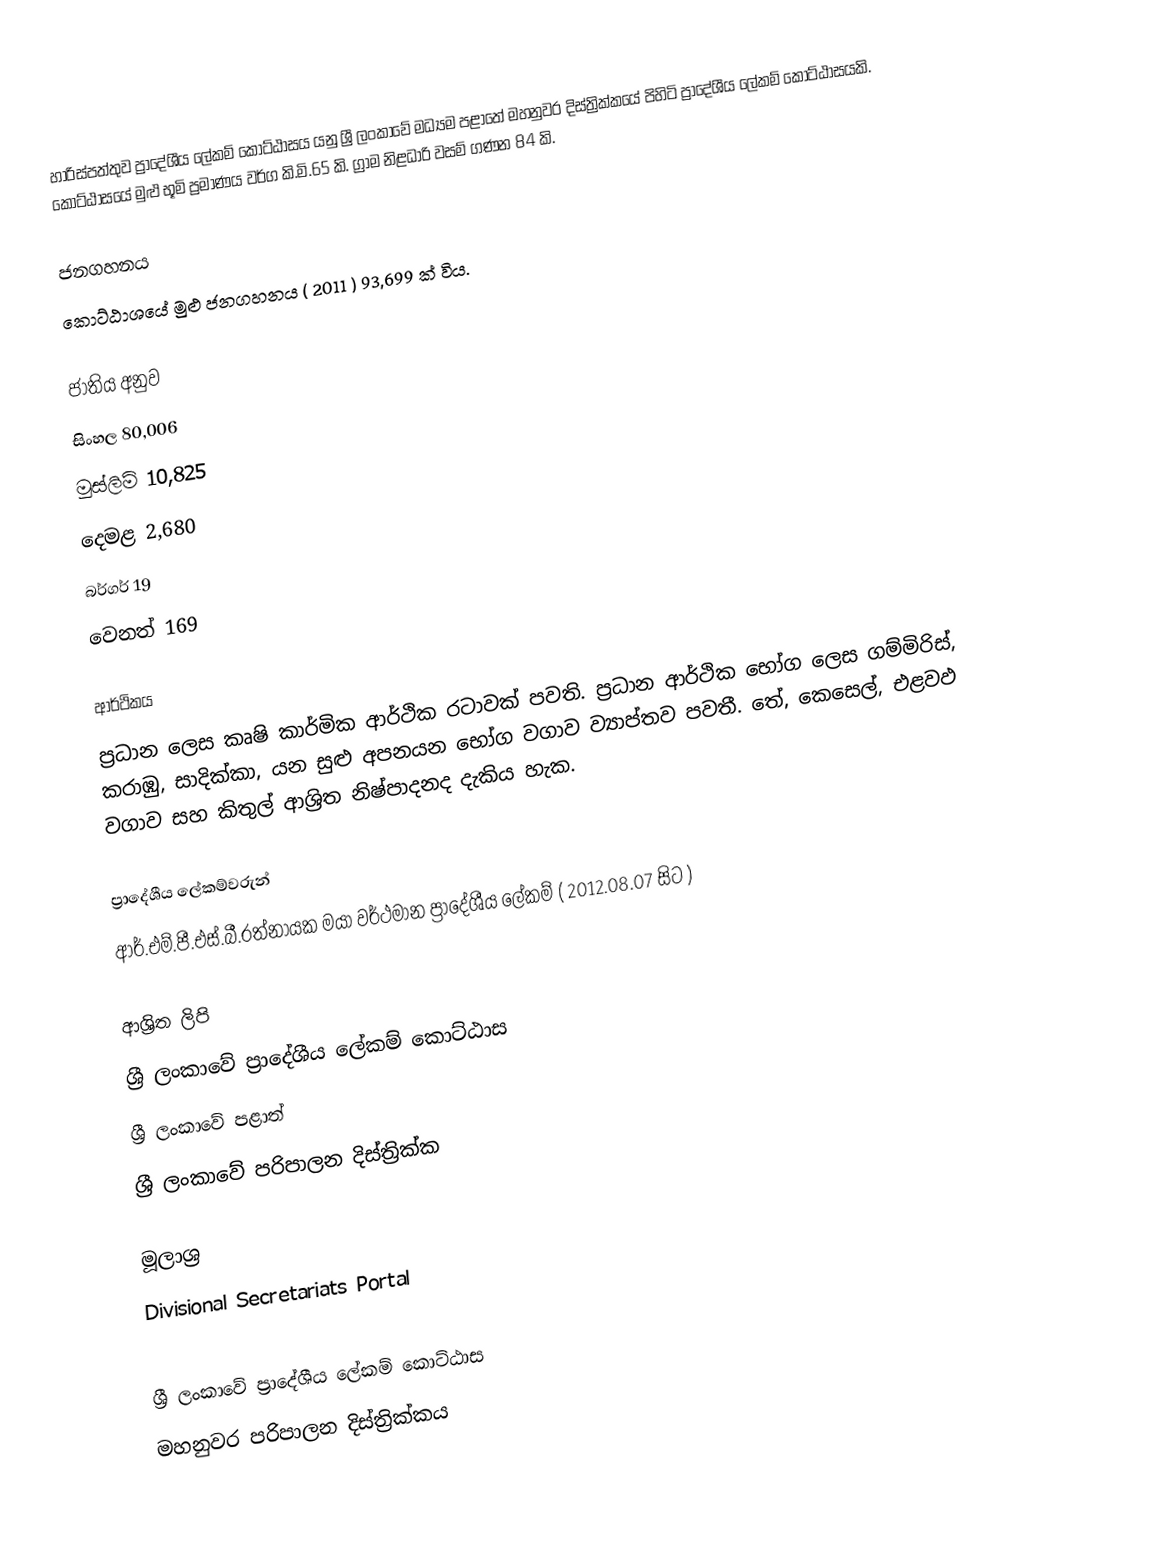
හාරිස්පත්තුව ප්‍රාදේශීය ලේකම් කොට්ඨාසය යනු ශ්‍රී ලංකාවේ මධ්‍යම පළාතේ මහනුවර දිස්ත්‍රික්කයේ පිහිටි ප්‍රාදේශීය ලේකම් කොට්ඨාසයකි. කොට්ඨාසයේ මුළු භූමි ප්‍රමාණය වර්ග කි.මි.65 කි. ග්‍රාම නිළධාරි වසම් ගණන 84 කි.

ජනගහනය
කොට්ඨා‍ශයේ මුළු ජනගහනය ( 2011 ) 93,699 ක් විය.

ජාතිය අනුව
සිංහල 80,006
මුස්ලිම් 10,825
දෙමළ 2,680
බර්ගර් 19
වෙනත් 169

ආර්ථිකය
ප්‍රධාන ලෙස කෘෂි කාර්මික ආර්ථික රටාවක් පවති. ප්‍රධාන ආර්ථික භෝග ලෙස ගම්මිරිස්, කරාඹු, සාදික්කා, යන සුළු අපනයන භෝග වගාව ව්‍යාප්තව පවතී. තේ, කෙසෙල්, එළවඵ වගාව සහ කිතුල් ආශ්‍රිත නිෂ්පාදනද දැකිය හැක.

ප්‍රාදේශීය ලේකම්වරුන්
ආර්.එම්.පී.එස්.බී.රත්නායක මයා වර්ථමාන ප්‍රාදේශීය ලේකම් ( 2012.08.07 සිට )

ආශ්‍රිත ලිපි
ශ්‍රී ලංකාවේ ප්‍රාදේශීය ලේකම් කොට්ඨාස
ශ්‍රී ලංකාවේ පළාත්
ශ්‍රී ලංකාවේ පරිපාලන දිස්ත්‍රික්ක

මූලාශ්‍ර
 Divisional Secretariats Portal

ශ්‍රී ලංකාවේ ප්‍රාදේශීය ලේකම් කොට්ඨාස
මහනුවර පරිපාලන දිස්ත්‍රික්කය